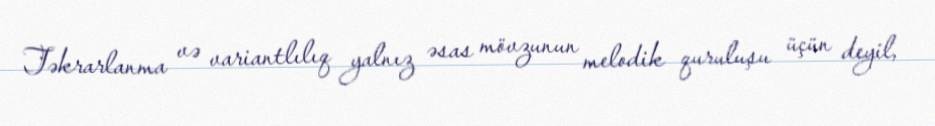
Təkrarlanma və variantlılıq yalnız əsas mövzunun melodik quruluşu üçün deyil,